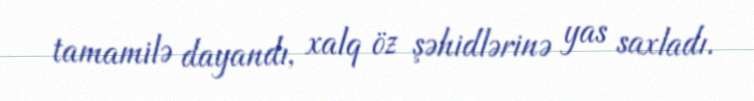
tamamilə dayandı, xalq öz şəhidlərinə yas saxladı.